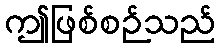
ဤဖြစ်စဉ်သည်